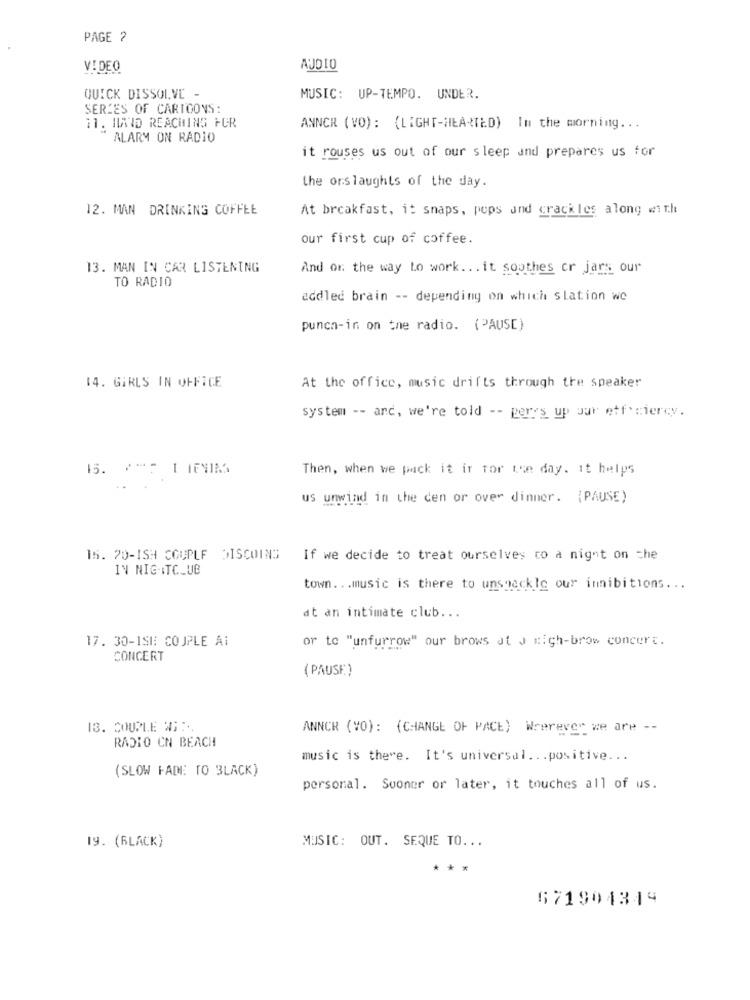
PAGE ?
VIDEO
AUDIO
QUICK DISSOLVE -
MUSIC: UP-TEMPO. UNDER.
SERIES OF CARTOONS:
11. ILAND REACHING FOR
ANNCR ( VO) : {LIGHT-HEARTED) In the morning ...
ALARM ON RADIO
it rouses us out of our sleep and prepares us for
the onslaughts of the day.
12. MAN DRINKING COFFEE
At breakfast, it snaps, pops und crackles along with
our first cup of coffee.
13. MAN IN CAR LISTENING
And or the way Lo work ... it soothes cr jars our
TO RADIO
addled brain -- depending on which Station we
punch-in on the radio. (PAUSE)
14. GIRLS IN OFFICE
At the office, music drifts through the speaker
system -- and, we're told -- peres up sur etf'ciercy.
15. **: I IFNMS
Then, when we pack it ir for the day. it helps
us unwind in the den or over dinner. (PAUSE)
15. 20-1SH COUPLE SISCOINS
If we decide to treat ourselves to a night on che
IN NIGHTCLUB
town ... music is there to unshackle our innibitions ...
at an intimate club ...
17. 30-ISH COUPLE AI
or to "unfurrow" our brows at J High-brow concert.
CONCERT
( PAUSE)
13. COUPLE # :..
ANNCR (VO): (CHANGE OF PACE) Wrerever we are --
RADIO CN BEACH
music is there. It's universal ... positive ...
(SLOW FADE TO BLACK)
personal. Sooner or later, it touches all of us.
19. (BLACK)
MUSIC: OUT. SEQUE TO ...
***
571904344